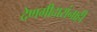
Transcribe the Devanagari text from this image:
देणगीदारांनाही